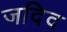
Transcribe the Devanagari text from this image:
जदिद